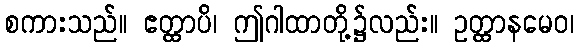
စကားသည်။ ဧတ္ထာပိ၊ ဤဂါထာတို့၌လည်း။ ဥတ္ထာနမေဝ၊